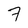
Character: 7